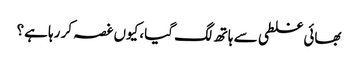
بھائی غلطی سے ہاتھ لگ گیا، کیوں غصہ کر رہا ہے؟